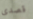
قصدى